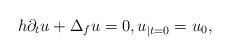
LaTeX: \begin{align*}h \partial_{t} u + \Delta_{f} u = 0 , u_{\vert t = 0} = u_{0} ,\end{align*}